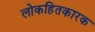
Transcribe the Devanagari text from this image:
लोकहितकारक